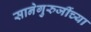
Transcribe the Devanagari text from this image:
सानेगुरुजींच्या